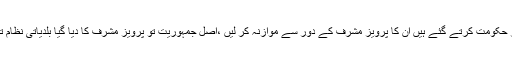
جو لوگ جمہوریت کے نام پر حکومت کررہے ہیں یا پھر حکومت کرتے گئے ہیں ان کا پرویز مشرف کے دور سے موازنہ کر لیں ،اصل جمہوریت تو پرویز مشرف کا دیا گیا بلدیاتی نظام تھا جس میں ترقیاقی فنڈ عوام کو خرچ کرنے کا اختیار تھا۔